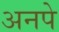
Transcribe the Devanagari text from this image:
अनपे